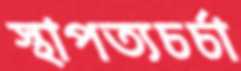
স্থাপত্যচর্চা